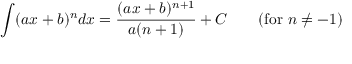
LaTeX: \int ( a x + b ) ^ { n } d x = { \frac { ( a x + b ) ^ { n + 1 } } { a ( n + 1 ) } } + C \qquad { \mathrm { ( f o r ~ } } n \neq - 1 { \mathrm { ) } } \,